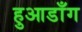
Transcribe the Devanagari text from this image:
हुआडाँग